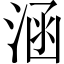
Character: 涵